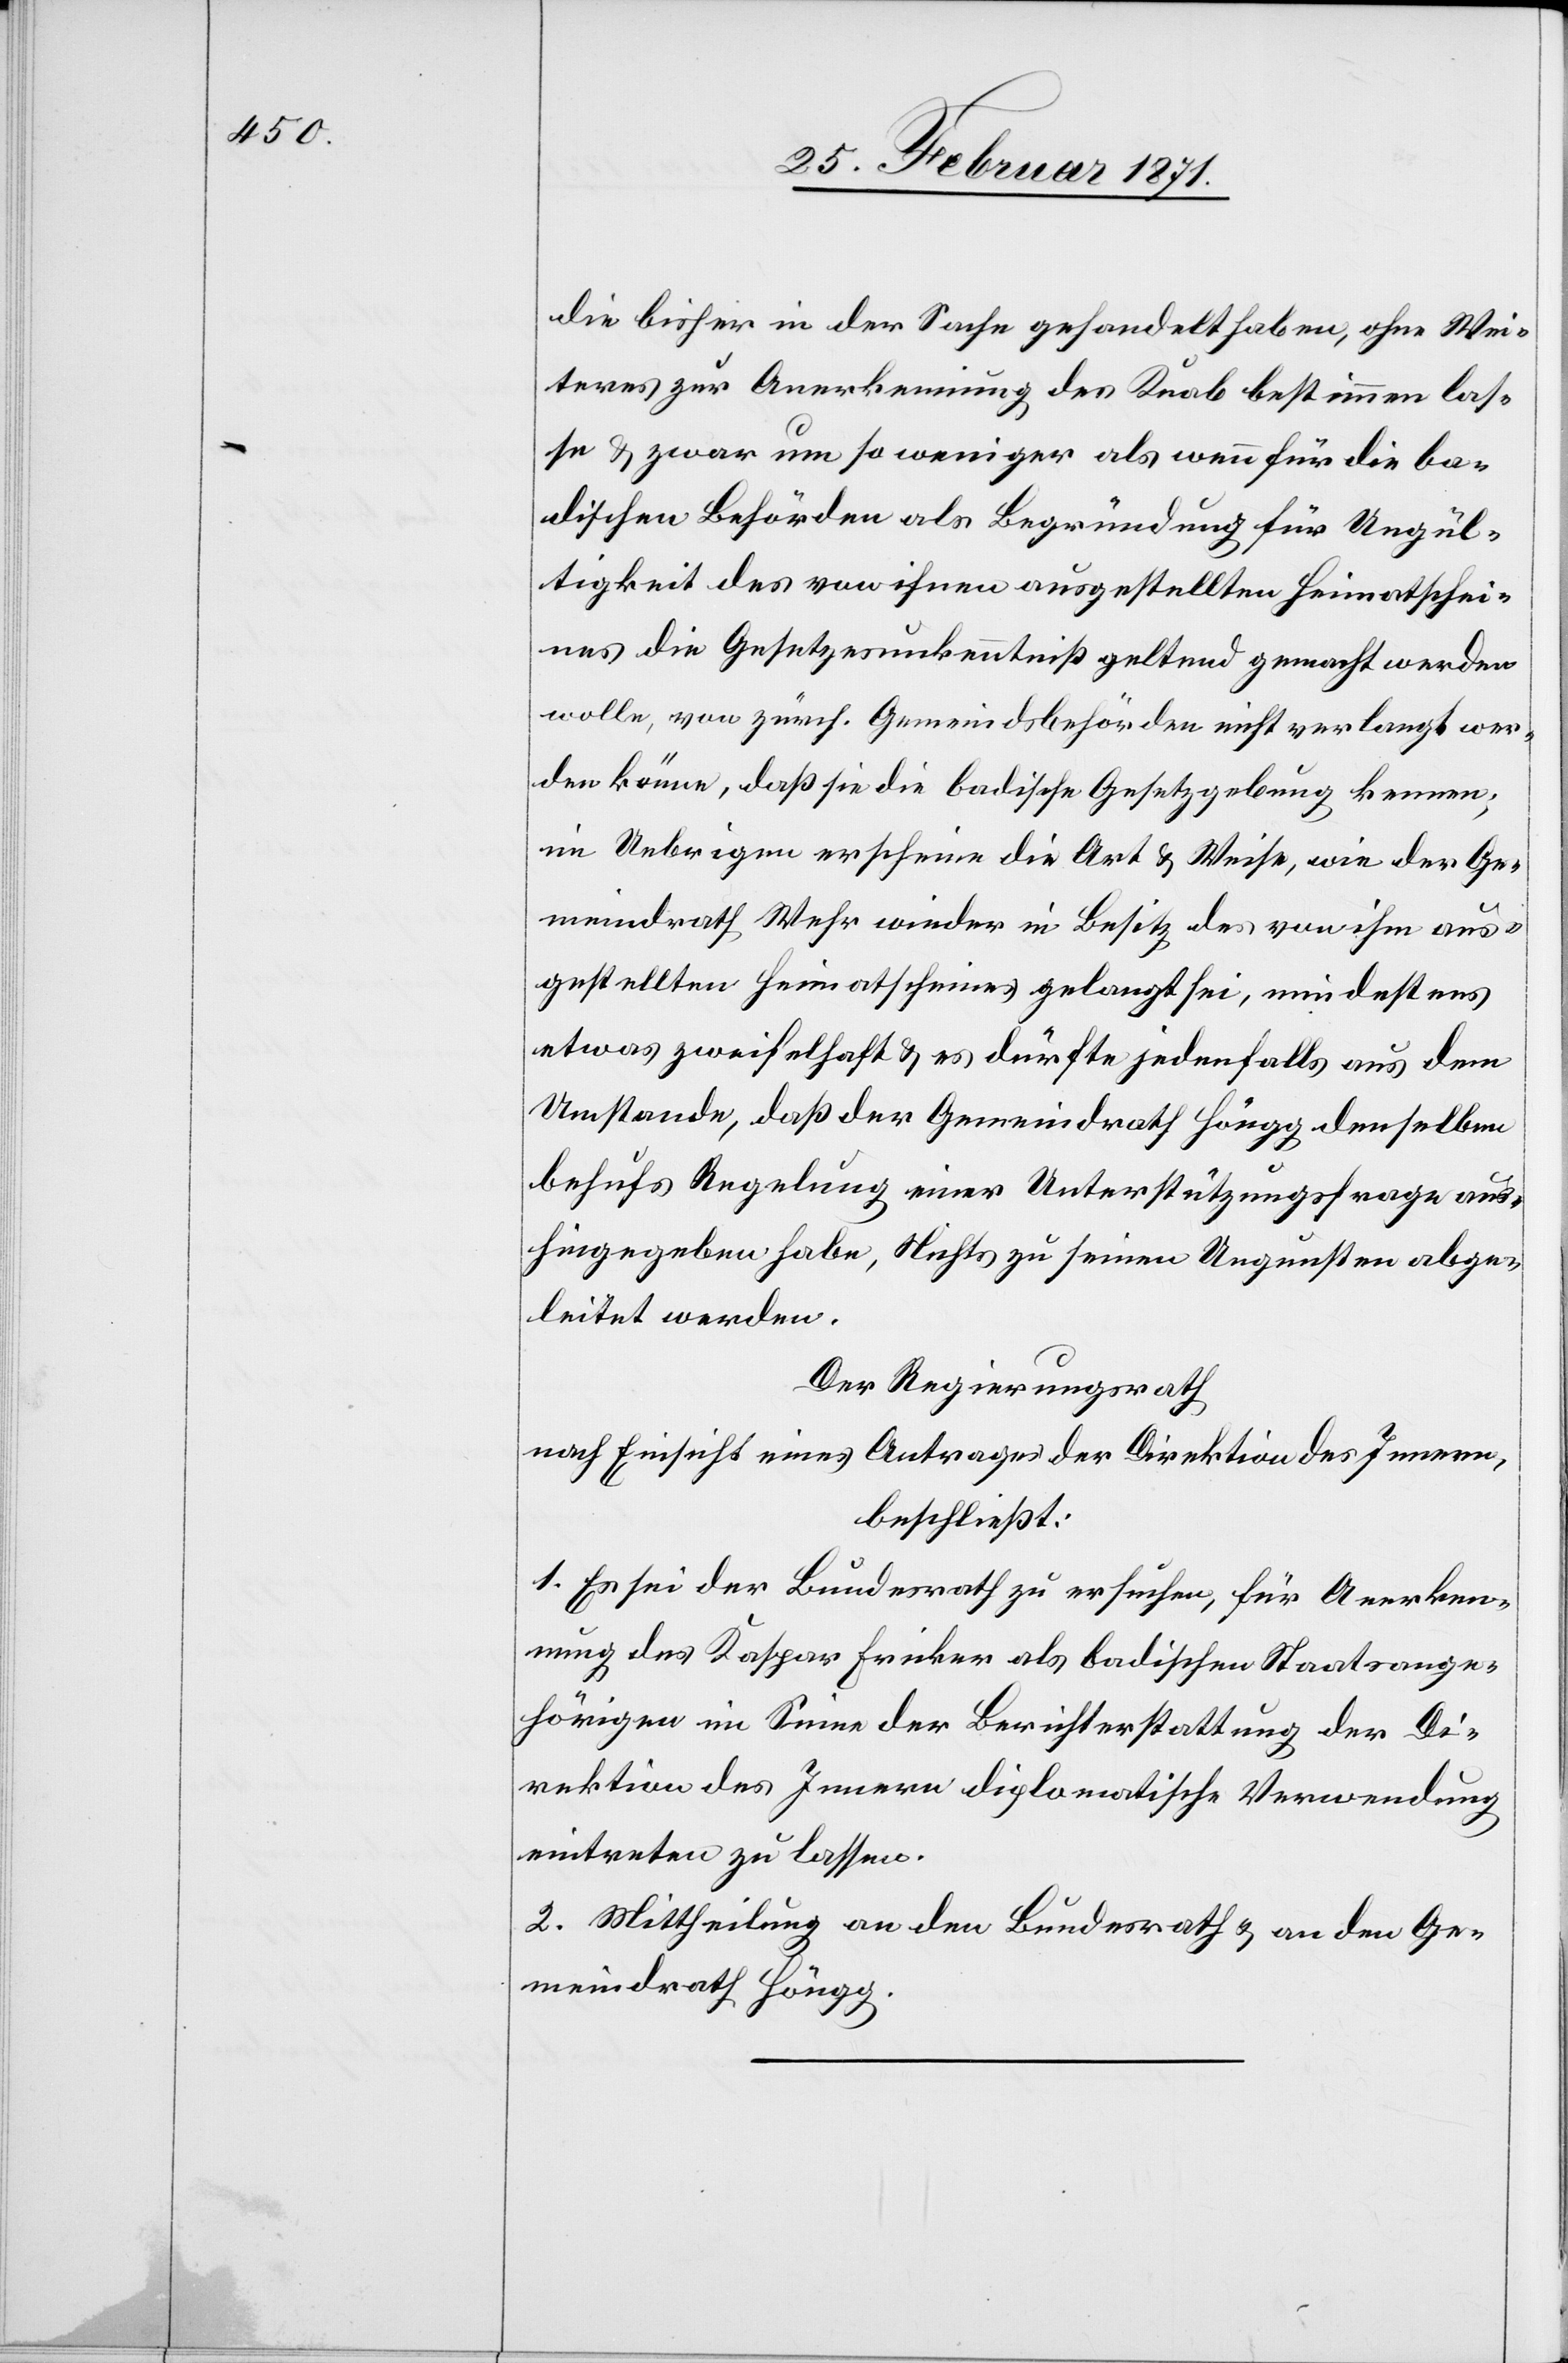
die bisher in der Sache gehandelt haben, ohne Wei¬
teres zur Anerkennung des Knab bestimmen las¬
se u. zwar um so weniger als wenn für die ba¬
dischen Behörden als Begründung für Ungül¬
tigkeit des von ihnen ausgestellten Heimatschei¬
nes die Gesetzesunkenntniß geltend gemacht werden
wolle, von zürch. Gemeindsbehörden nicht verlangt wer¬
den könne, daß sie die badische Gesetzgebung kennen;
im Uebrigen erscheine die Art u. Weise, wie der Ge¬
meindrath Wehr wieder in Besitz des von ihm aus¬
gestellten Heimatscheins gelangt sei, mindestens
etwas zweifelhaft u. es dürfte jedenfalls aus dem
Umstande, daß der Gemeindrath Höngg demselben
behufs Regelung einer Unterstützungsfrage aus¬
hingegeben habe, Nichts zu seinen Ungunsten abge¬
leitet werden.
Der Regierungsrath
nach Einsicht eines Antrages der Direktion des Innern,
beschließt:
1. Es sei der Bundesrath zu ersuchen, für Anerken¬
nung des Kaspar Fricker als badischen Staatsange¬
hörigen im Sinne der Berichterstattung der Di¬
rektion des Innern diplomatische Verwendung
eintreten zu lassen.
2. Mittheilung an den Bundesrath u. an den Ge¬
meindrath Höngg.